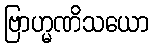
ဗြာဟ္မဏိသယော